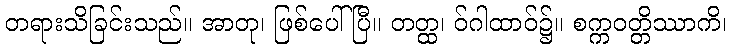
တရားသိခြင်းသည်။ အာတု၊ ဖြစ်ပေါ်ပြီ။ တတ္ထ၊ ဝ်ဂါထာဝ်၌။ စက္ကဝတ္တိဿာကိ၊